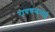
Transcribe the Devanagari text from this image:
रायचन्दभाई